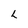
Character: L